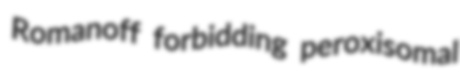
Romanoff forbidding peroxisomal